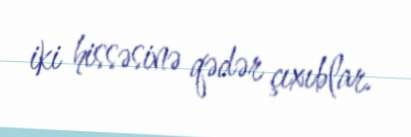
iki hissəsinə qədər çıxıblar.